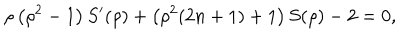
LaTeX: \rho \left( \rho ^ { 2 } - 1 \right) S ^ { \prime } ( \rho ) + \left( \rho ^ { 2 } ( 2 n + 1 ) + 1 \right) S ( \rho ) - 2 = 0 ,